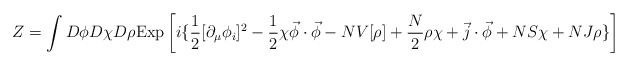
\begin{align*}Z = \int D \phi D\chi D \rho{\rm Exp} \left[ i \{ \frac{1}{2} [\partial_\mu \phi_i ]^2-\frac{1}{2} \chi {\vec \phi \cdot \vec \phi}- N V[{\rho}] +\frac{N}{2} \rho \chi +\vec j \cdot \vec \phi + N S \chi + N J\rho \} \right]\end{align*}